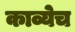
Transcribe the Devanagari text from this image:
काव्येच